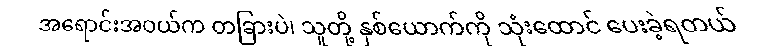
အရောင်းအဝယ်က တခြားပဲ၊ သူတို့ နှစ်ယောက်ကို သုံးထောင် ပေးခဲ့ရတယ်